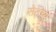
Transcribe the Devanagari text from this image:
सेट्च्यू